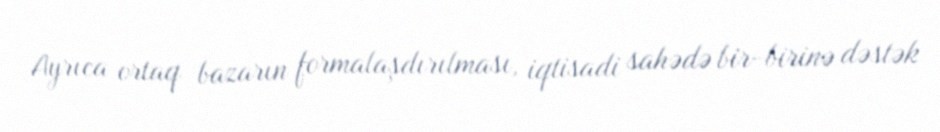
Ayrıca ortaq bazarın formalaşdırılması, iqtisadi sahədə bir-birinə dəstək